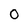
Character: 0